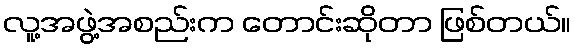
လူ့အဖွဲ့အစည်းက တောင်းဆိုတာ ဖြစ်တယ်။